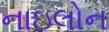
નાઇલોન